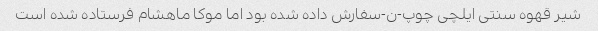
شیر قهوه سنتی ایلچی چوپ-ن-سفارش داده شده بود اما موکا ماهشام فرستاده شده است